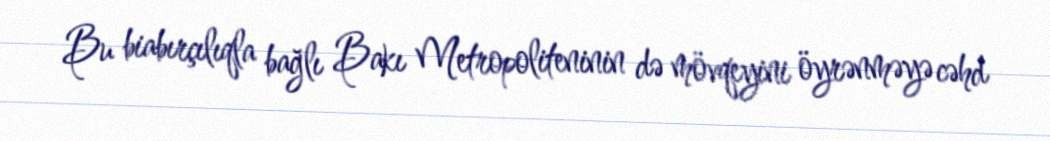
Bu biabırçılıqla bağlı Bakı Metropoliteninin də mövqeyini öyrənməyə cəhd